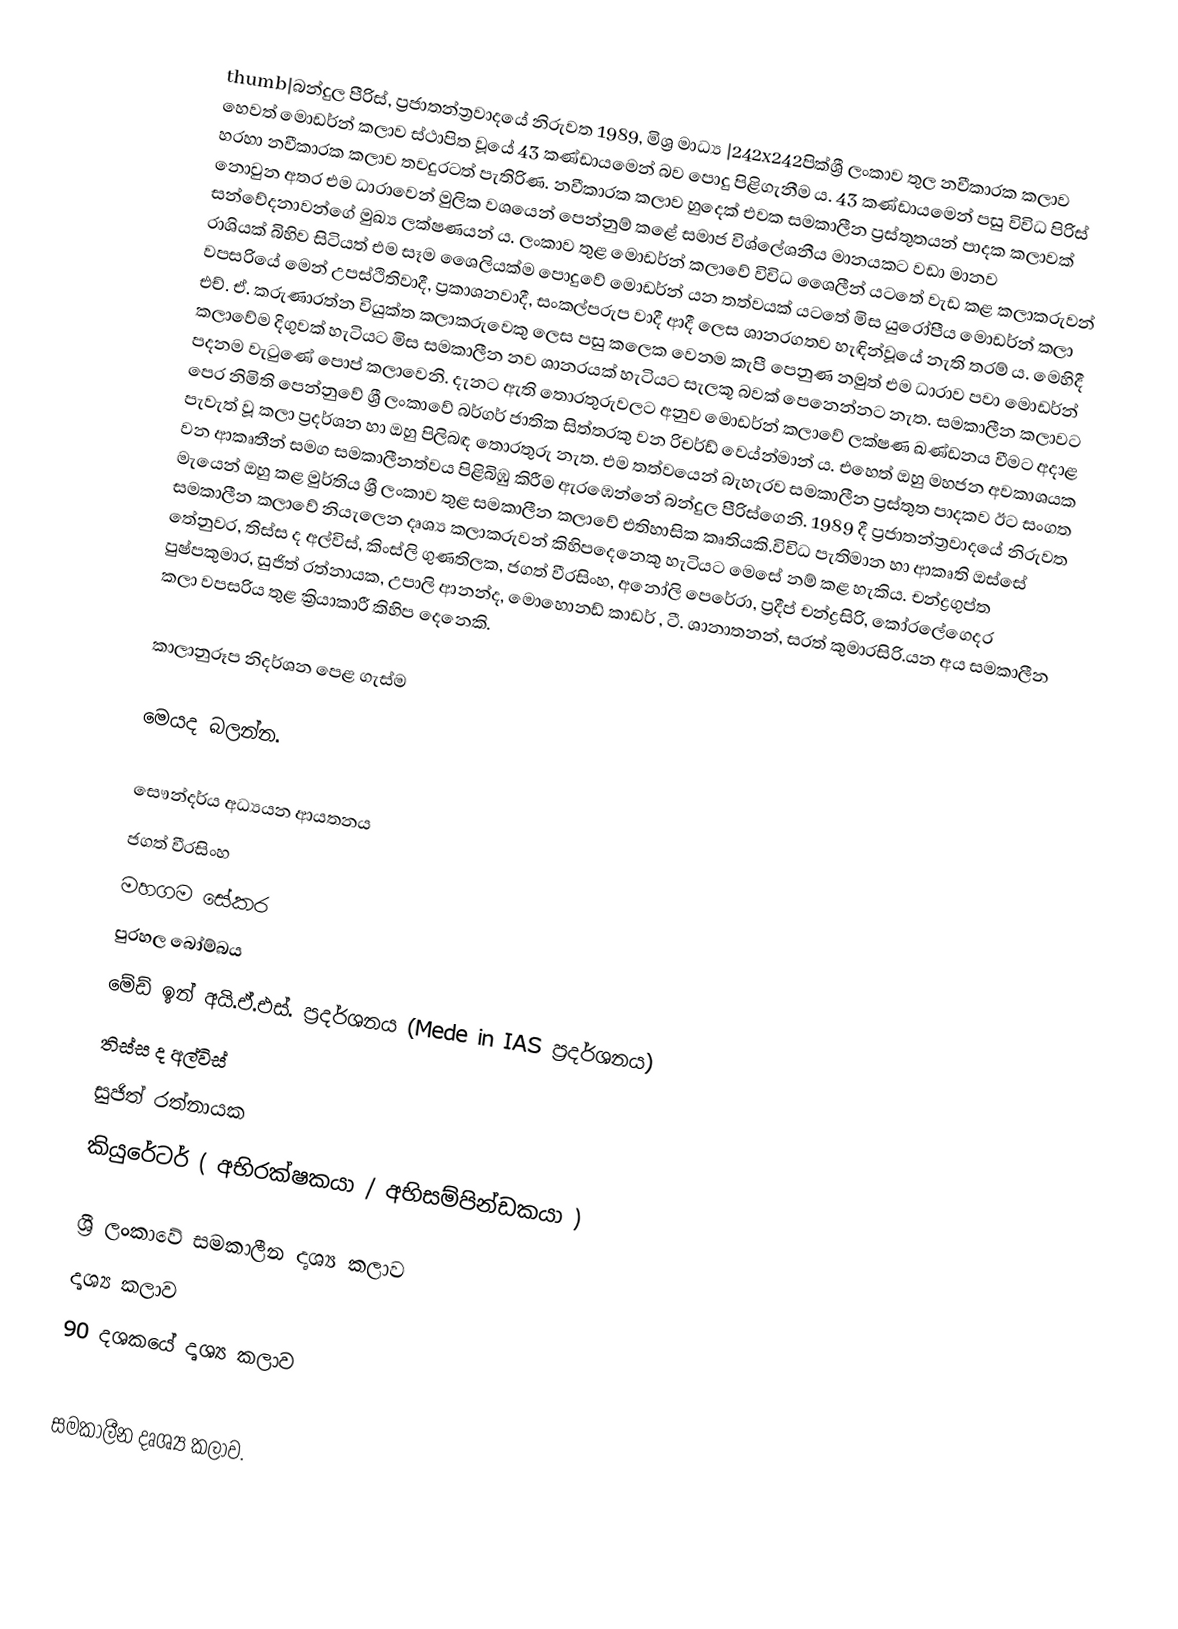
thumb|බන්දුල පීරිස්, ප්‍රජාතන්ත්‍රවාදයේ නිරුවත 1989, මිශ්‍ර මාධ්‍ය |242x242පික්ශ්‍රී ලංකාව තුල නවීකාරක කලාව හෙවත් මොඩර්න් කලාව ස්ථාපිත වූයේ 43 කණ්ඩායමෙන් බව පොදු පිළිගැනීම ය. 43 කණ්ඩායමෙන් පසු විවිධ පිරිස් හරහා නවීකාරක කලාව තවදුරටත් පැතිරිණ. නවීකාරක කලාව හුදෙක් එවක සමකාලීන ප්‍රස්තුතයන් පාදක කලාවක් නොවුන අතර එම ධාරාවෙන් මුලික වශයෙන් පෙන්නුම් කළේ සමාජ විශ්ලේශනීය මානයකට වඩා මානව සන්වේදනාවන්ගේ මුඛ්‍ය ලක්ෂණයන් ය. ලංකාව තුළ මොඩර්න් කලාවේ විවිධ ශෛලීන් යටතේ වැඩ කළ කලාකරුවන් රාශියක් බිහිව සිටියත් එම සෑම  ශෛලියක්ම පොදුවේ මොඩර්න් යන තත්වයක් යටතේ මිස යුරෝපීය මොඩර්න් කලා වපසරියේ මෙන් උපස්ථිතිවාදී, ප්‍රකාශනවාදී, සංකල්පරුප වාදී ආදී ලෙස ශානරගතව හැඳින්වූයේ නැති තරම් ය. මෙහිදී එච්. ඒ. කරුණාරත්න වියුක්ත කලාකරුවෙකු ලෙස පසු කලෙක වෙනම කැපී පෙනුණ නමුත් එම ධාරාව පවා මොඩර්න් කලාවේම දිගුවක්  හැටියට මිස සමකාලීන නව ශානරයක් හැටියට සැලකූ බවක් පෙනෙන්නට නැත. සමකාලීන කලාවට පදනම වැටුණේ පොප් කලාවෙනි. දැනට ඇති තොරතුරුවලට අනුව මොඩර්න් කලාවේ ලක්ෂණ  ඛණ්ඩනය වීමට අදාළ පෙර නිමිති පෙන්නුවේ ශ්‍රී ලංකාවේ බර්ගර් ජාතික සිත්තරකු වන රිචර්ඩ් වෙය්න්මාන්  ය. එහෙත් ඔහු මහජන අවකාශයක පැවැත් වූ කලා ප්‍රදර්ශන හා ඔහු පිලිබඳ තොරතුරු නැත. එම තත්වයෙන් බැහැරව සමකාලීන ප්‍රස්තුත පාදකව ඊට සංගත වන ආකෘතීන් සමග සමකාලීනත්වය පිළිබිඹු කිරීම ඇරඹෙන්නේ බන්දුල පීරිස්ගෙනි. 1989 දී ප්‍රජාතන්ත්‍රවාදයේ නිරුවත මැයෙන් ඔහු කළ මුර්තිය ශ්‍රී ලංකාව තුළ සමකාලීන කලාවේ එතිහාසික කෘතියකි.විවිධ පැතිමාන හා ආකෘති ඔස්සේ සමකාලීන කලාවේ නියැලෙන දෘශ්‍ය කලාකරුවන් කිහිපදෙනෙකු හැටියට මෙසේ නම් කළ හැකිය. චන්ද්‍රගුප්ත තේනුවර, තිස්ස ද අල්විස්, කිංස්ලි ගුණතිලක, ජගත් වීරසිංහ, අනෝලි පෙරේරා, ප්‍රදීප් චන්ද්‍රසිරි, කෝරලේගෙදර පුෂ්පකුමාර, සුජිත් රත්නායක, උපාලි ආනන්ද, මොහොනඩ් කාඩර් , ටී. ශානාතනන්, සරත් කුමාරසිරි.යන අය සමකාලීන කලා වපසරිය තුළ ක්‍රියාකාරී කිහිප දෙනෙකි.

කාලානුරූප නිදර්ශන පෙළ ගැස්ම

මෙයද බලන්න.

සෞන්දර්ය අධ්‍යයන ආයතනය
ජගත් වීරසිංහ
මහගම සේකර  
පුරහල බෝම්බය
මේඩ් ඉන් අයි.ඒ.එස්. ප්‍රදර්ශනය (Mede in IAS ප්‍රදර්ශනය)
තිස්ස ද අල්විස්
සුජිත් රත්නායක
කියුරේටර් ( අභිරක්ෂකයා / අභිසම්පින්ඩකයා )

ශ්‍රී ලංකාවේ සමකාලීන දෘශ්‍ය කලාව
දෘශ්‍ය කලාව
90 දශකයේ දෘශ්‍ය කලාව

සමකාලීන දෘශ්‍ය කලාව.